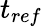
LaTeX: t_{ref}